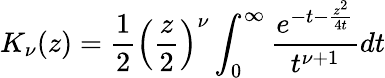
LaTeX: K_{\nu}(z)=\frac{1}{2}\left(\frac{z}{2}\right)^{\nu}\int_{0}^{\infty}\frac{e^{-t-\frac{z^{2}}{4t}}}{t^{\nu+1}}dt